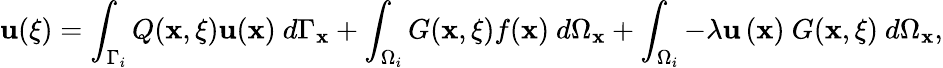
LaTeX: \mathbf{u}({\mathbf{\xi}})=\int_{\Gamma_{i}}Q(\mathbf{{x}},{\mathbf{\xi}})\mathbf{u}(\mathbf{{x}})\ d\Gamma_{\mathbf{{x}}}+\int_{\Omega_{i}}G(\mathbf{{x}},{\mathbf{\xi}})f(\mathbf{{x}})\ d\Omega_{\mathbf{{x}}}+\int_{\Omega_{i}}-\lambda\mathbf{u}\left(\mathbf{{x}}\right)\ G(\mathbf{{x}},{\mathbf{\xi}})\ d\Omega_{\mathbf{{x}}},